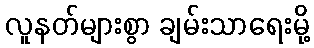
လူနတ်များစွာ ချမ်းသာရေးမို့